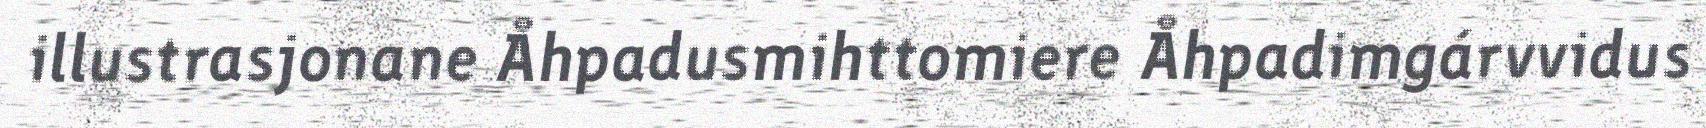
illustrasjonane Åhpadusmihttomiere Åhpadimgárvvidus